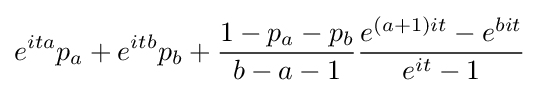
e^{ita}p_{a}+e^{itb}p_{b}+{\frac {1-p_{a}-p_{b}}{b-a-1}}{\frac {e^{(a+1)it}-e^{bit}}{e^{it}-1}}